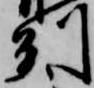
州